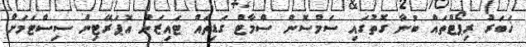
ޚަބަރު ރިޕޯޓްތައް ބުނާ ގޮތުގައި ސަމްސޮން ސްމާޓް ގަޑިތައް ޓައިޒަން އޮޕަރޭޓިން ސިސްޓަމަށް